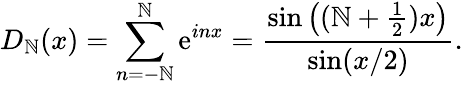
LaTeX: D_{\mathbb{N}}(x)=\sum_{n=-\mathbb{N}}^{\mathbb{N}}\mathrm{e}^{inx}={\frac{{\sin\left((\mathbb{N}+{\frac{{1}}{{2}}})x\right)}}{{\sin(x/2)}}}.